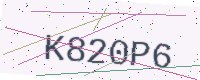
Text: K820P6